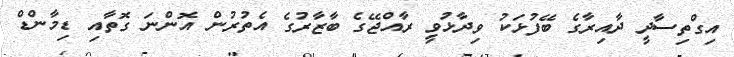
އިގްތިސާދީ ދާއިރާގެ ބޭފުޅަކު ވިދާޅުވީ ރާއްޖޭގެ ބާޒާރުގެ އެތުރުން އޮންނަ ގޮތާއި ޑިމާންޑް